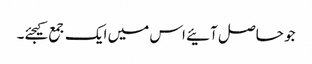
جو حاصل آئیے اس میں ایک جمع کیجئے۔